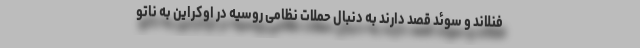
فنلاند و سوئد قصد دارند به دنبال حملات نظامی روسیه در اوکراین به ناتو